Malaria in the Andamans - Number 56
Disease focus: Malaria
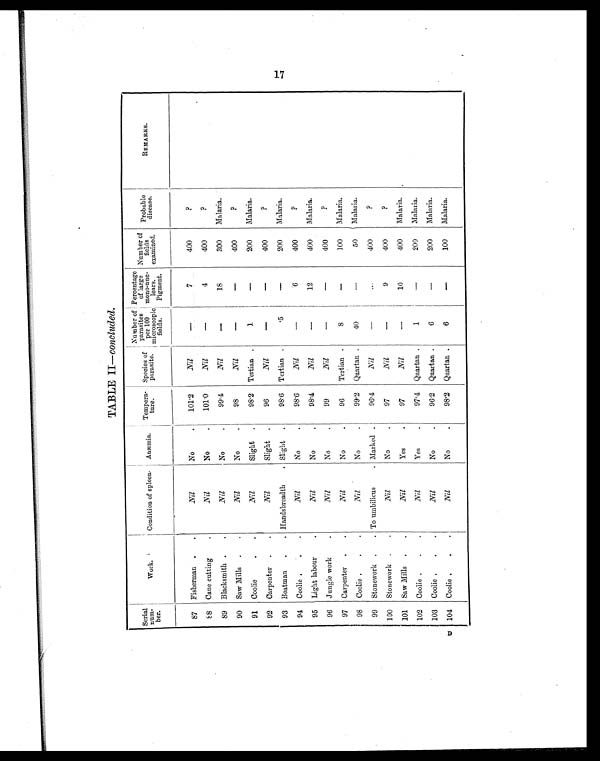
TABLE II— concluded.
Serial
num-
ber.
Work.
Condition of spleen. Anæmia. Tempera-
ture.
Species of
parasite.
Number of
parasites
per 100
microscopic
fields.
Percentage
of large
mono-nuc-
lears.
Pigment.
Number of
fields
examined.
Probable
disease.
REMARKS.
87 Fisherman .
.
Nil
No
.
101.2
Nil
—
7
400
?
88 Cane cutting
.
Nil
No
.
101.0
Nil
—
4
400
?
89 Blacksmith .
.
Nil
No
.
99.4
Nil
—
18
300 Malaria.
90 Saw Mills .
.
Nil
No
.
98
Nil
—
—
400
?
91 Coolie
.
.
Nil
Slight .
98.2 Tertian .
1 —
200
Malaria.
92 Carpenter . .
Nil
Slight .
96
Nil
—
—
400
?
93 Boatman .
. Handsbreadth
. Slight .
98.6 Tertian .
.5
—
200
Malaria.
94 Coolie .
.
.
Nil
No
.
98.6
Nil
—
6
400
?
95 Light labour
.
Nil
No
.
98.4
Nil
—
12
400 Malaria.
96 Jungle work
.
Nil
No
.
99
Nil
—
—
400
?
97 Carpenter .
.
Nil
No
.
96
Tertian .
8
—
100 Malaria.
98 Coolie .
.
.
Nil
No
.
99.2 Quartan .
40
—
50 Malaria.
99 Stonework .
. To umbilicus
. Marked .
96.4
Nil
—
...
400
?
100 Stonework .
.
Nil
No
.
97
Nil
—
9
400
?
101 Saw Mills .
.
Nil
Yes
.
97
Nil
—
10
400 Malaria.
102 Coolie .
.
.
Nil
Yes
.
97.4 Quartan .
1
—
200
Malaria.
103 Coolie .
.
.
Nil
No
.
96.2 Quartan .
6
—
200
Malaria.
104 Coolie .
.
.
Nil
No
.
98.2 Quartan .
6
—
100 Malaria.
17
D